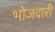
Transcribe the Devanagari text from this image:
भोजदारी